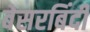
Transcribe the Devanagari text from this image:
बेसरबिंदी